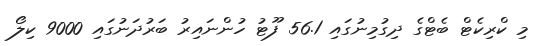
މި ކްރިކެޓް ބެޓްގެ ދިގުމިނުގައި 56.1 ފޫޓު ހުންނައިރު ބަރުދަނުގައި 9000 ކިލޯ